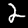
Label: 2